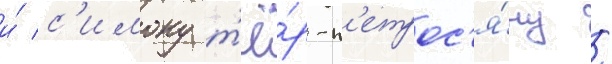
и́ с'имону т'ё́р-п'етрос'я́ну /